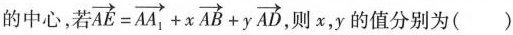
的中心，若 $$\overrightarrow{AE}= \overrightarrow{AA_{1}}+x \overrightarrow{AB}+y \overrightarrow{AD}$$ ，则x，y的值分别为( )